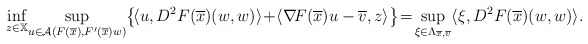
\begin{align*} \inf_{z\in\mathbb{X}} \!\sup_{u\in\mathcal{A}(F(\overline{x}),F'(\overline{x})w)}\!\big\{\!\langle u,D^2F(\overline{x})(w,w)\rangle\!+\!\langle\nabla\!F(\overline{x})u-\overline{v},z\rangle\big\} \!=\!\sup_{\xi\in\Lambda_{\overline{x},\overline{v}}}\langle\xi, D^2F(\overline{x})(w,w)\rangle. \end{align*}